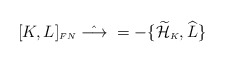
\begin{align*}[K,L]_{\scriptscriptstyle FN} \; \hat{\longrightarrow} \; =-\{\widetilde{\cal H}_{\scriptscriptstyle K},\widehat{L}\}\end{align*}